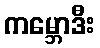
ကမ္ဘောဒီး